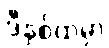
ဒီနှစ်ထဲမှာ